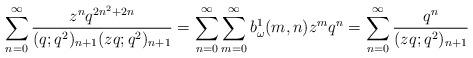
LaTeX: \begin{align*} \sum_{n=0}^{\infty}\frac{z^nq^{2n^2+2n}}{(q;q^2)_{n+1}(zq;q^2)_{n+1}} =\sum_{n=0}^{\infty}\sum_{m=0}^{\infty}b_\omega^1(m,n)z^m q^n =\sum_{n=0}^{\infty}\frac{q^n}{(zq;q^2)_{n+1}}\end{align*}